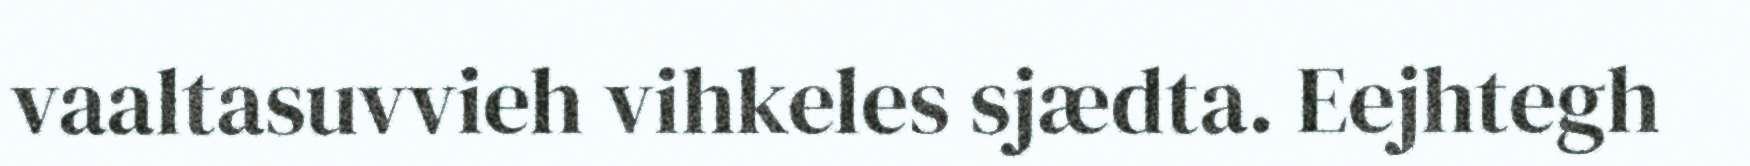
vaaltasuvvieh vihkeles sjædta. Eejhtegh